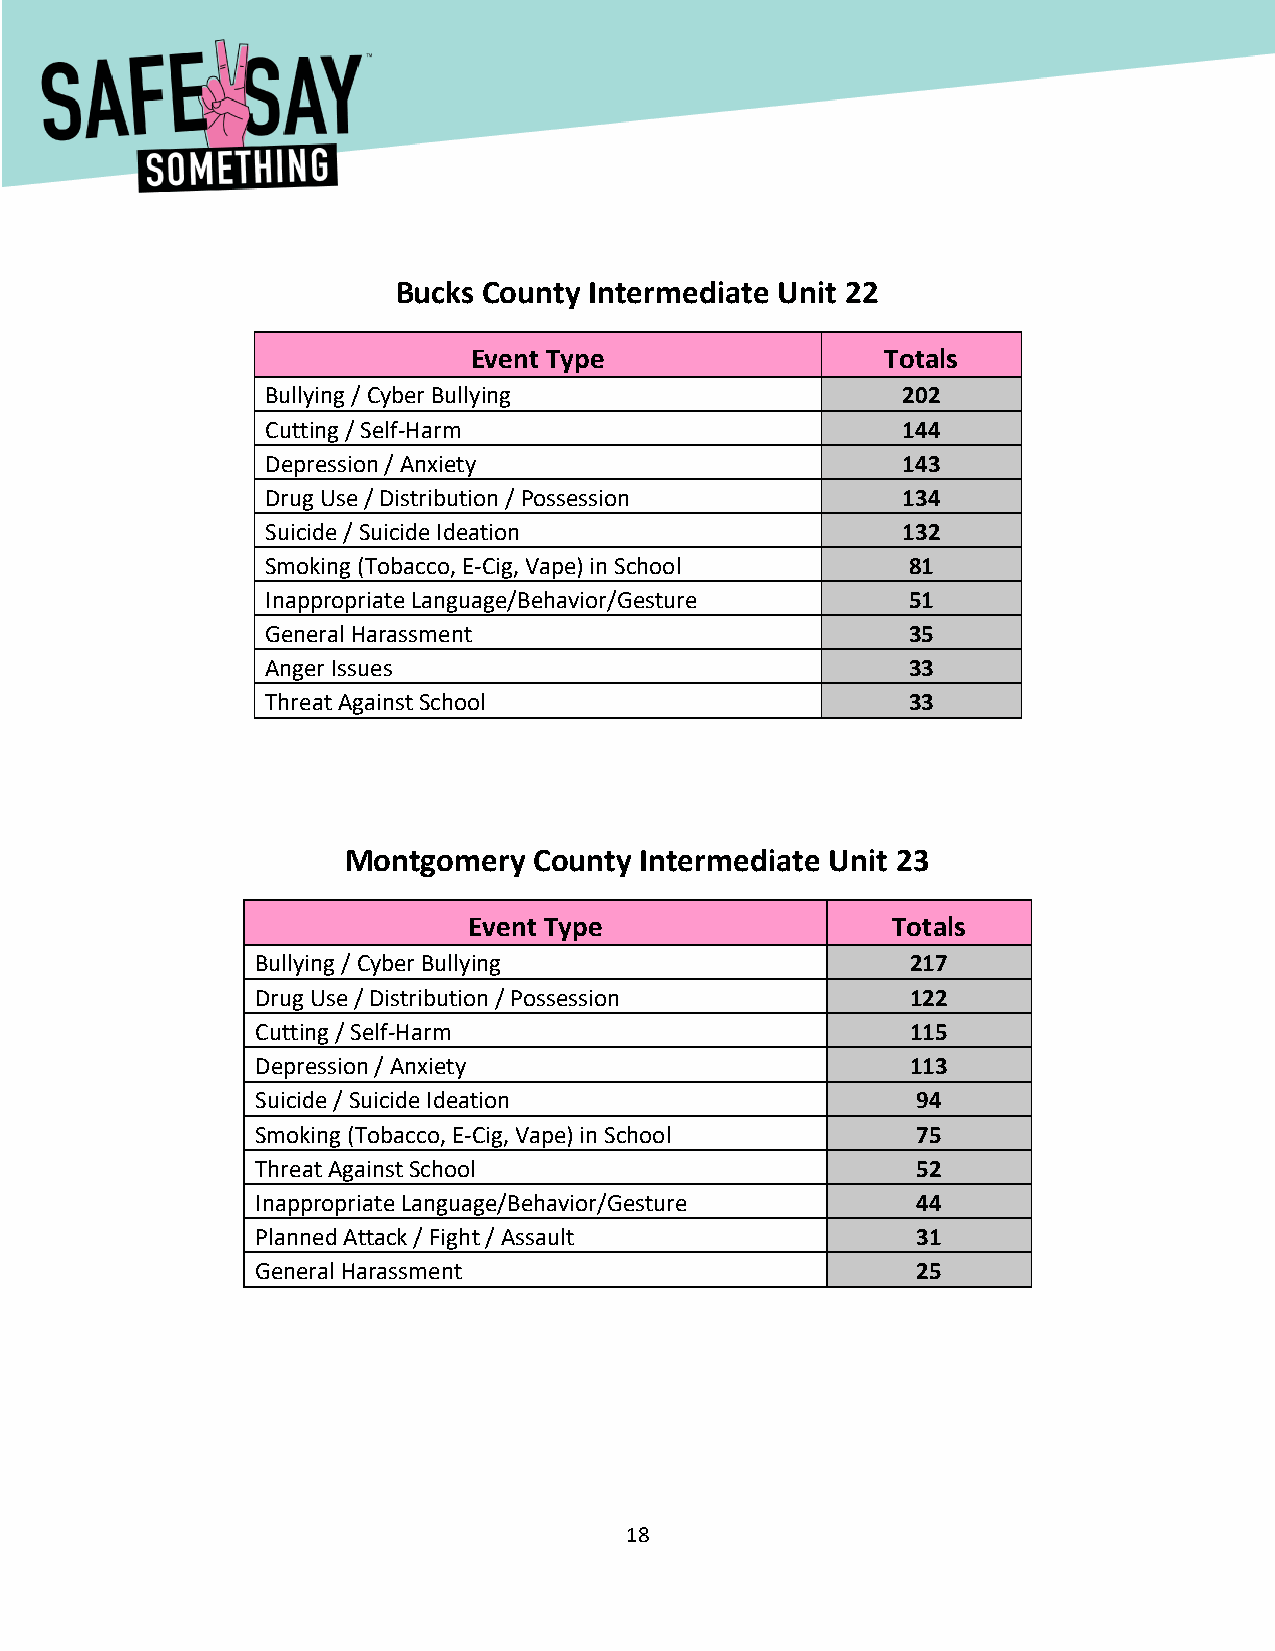
[Type here]
 Bucks County Intermediate Unit 22
 Event Type                  Totals
 Bullying / Cyber Bullying                 202
 Cutting / Self-Harm                       144
 Depression / Anxiety                      143
 Drug Use / Distribution / Possession      134
 Suicide / Suicide Ideation                132
 Smoking (Tobacco, E-Cig, Vape) in School  81
 Inappropriate Language/Behavior/Gesture   51
 General Harassment                        35
 Anger Issues                              33
 Threat Against School                     33
 Montgomery  County Intermediate Unit 23
 Event Type                  Totals
 Bullying / Cyber Bullying                  217
 Drug Use / Distribution / Possession       122
 Cutting / Self-Harm                        115
 Depression / Anxiety                       113
 Suicide / Suicide Ideation                  94
 Smoking (Tobacco, E-Cig, Vape) in School    75
 Threat Against School                       52
 Inappropriate Language/Behavior/Gesture     44
 Planned Attack / Fight / Assault            31
 General Harassment                          25
 18